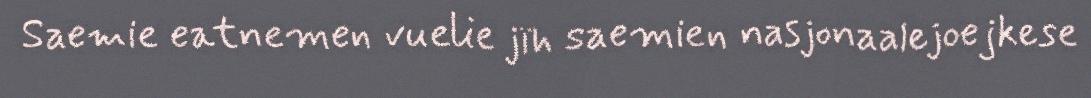
Saemie eatnemen vuelie jïh saemien nasjonaalejoejkese